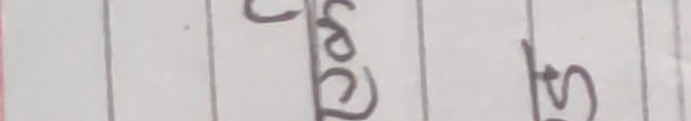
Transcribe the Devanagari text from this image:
सियो